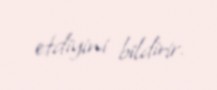
etdiyini bildirir.